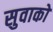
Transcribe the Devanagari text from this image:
सुवाको